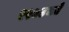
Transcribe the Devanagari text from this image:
१९७४मधे